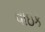
વાઇક